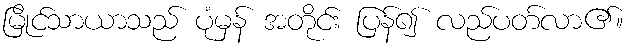
မြိုင်သာယာသည် ပုံမှန် အတိုင်း ပြန်၍ လည်ပတ်လာ၏။